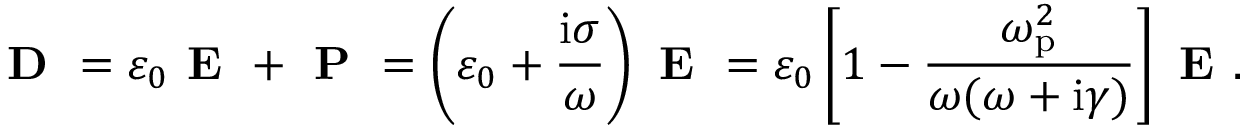
\textbf { D } = \varepsilon _ { 0 } \textbf { E } + \textbf { P } = \left( \varepsilon _ { 0 } + \frac { \mathrm { i } \sigma } { \omega } \right) { \textbf { E } } = \varepsilon _ { 0 } \left[ 1 - \frac { \omega _ { \mathrm { p } } ^ { 2 } } { \omega ( \omega + \mathrm { i } \gamma ) } \right] \textbf { E } .